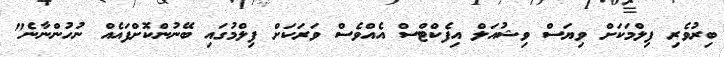
ބިރުވެރި ފިލްމަކަށް ވިޔަސް ވިޝުއަލް އިފެކްޓްސް އެއްވެސް ވަރަކަށް ފިލްމުގައި ބޭނުންކޮށްފައެއް ނުހުންނާނެ"